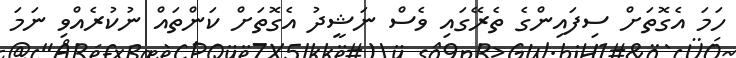
ހަމަ އެގޮތަށް ސިފައިންގެ ތެރޭގައި ވެސް ނަޝީދު އެގޮތަށް ކަންތައް ނުކުރެއްވި ނަމަ